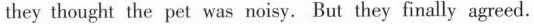
they thought the pet was noisy. But they finally agreed.